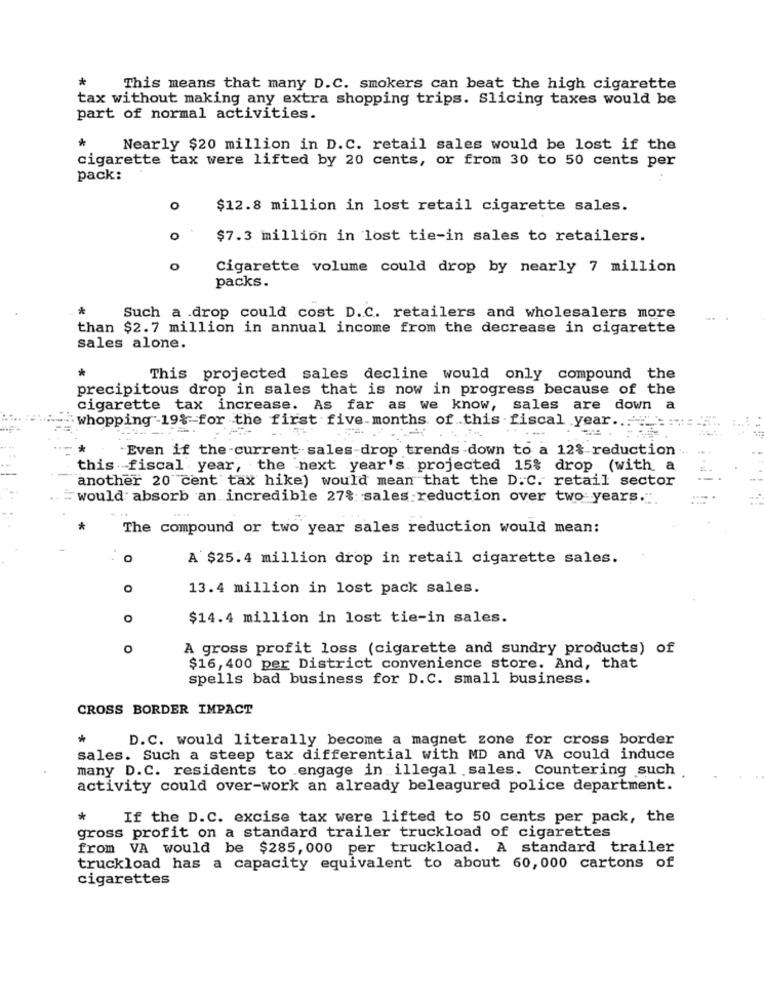
*
This means that many D.C. smokers can beat the high cigarette
tax without making any extra shopping trips. Slicing taxes would be
part of normal activities.
*
Nearly $20 million in D.C. retail sales would be lost if the
cigarette tax were lifted by 20 cents, or from 30 to 50 cents per
pack:
O
$12.8 million in lost retail cigarette sales.
0
$7.3 million in lost tie-in sales to retailers.
O
Cigarette volume could drop by nearly 7 million
packs.
*
Such a .drop could cost D.C. retailers and wholesalers more
than $2.7 million in annual income from the decrease in cigarette
sales alone.
*
This projected sales decline would only compound the
precipitous drop in sales that is now in progress because of the
cigarette tax increase. As far as we know, sales are down a
whopping -19% for the first five-months of this fiscal year ...
Even if the-current sales-drop trends -down to a 12% reduction ...
this fiscal year, the next year's projected 15% drop (with a
another 20 cent tax hike) would mean that the D.C. retail sector
"would absorb an incredible 27% sales reduction over two years."
The compound or two year sales reduction would mean:
O
A $25.4 million drop in retail cigarette sales.
13.4 million in lost pack sales.
O
$14.4 million in lost tie-in sales.
O
A gross profit loss (cigarette and sundry products) of
$16,400 per District convenience store. And, that
spells bad business for D.C. small business.
CROSS BORDER IMPACT
*
D.C. would literally become a magnet zone for cross border
sales. Such a steep tax differential with MD and VA could induce
many D.C. residents to engage in illegal sales. Countering such
activity could over-work an already beleagured police department.
*
If the D.C. excise tax were lifted to 50 cents per pack, the
gross profit on a standard trailer truckload of cigarettes
from VA would be $285, 000 per truckload. A standard trailer
truckload has a capacity equivalent to about 60,000 cartons of
cigarettes